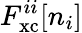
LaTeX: F_{\mathrm{xc}}^{ii}[n_{i}]